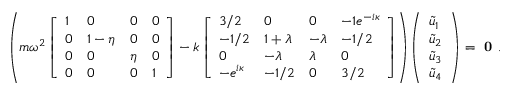
\left( m \omega ^ { 2 } \left[ \begin{array} { l l l l } { 1 } & { 0 } & { 0 } & { 0 } \\ { 0 } & { 1 - \eta } & { 0 } & { 0 } \\ { 0 } & { 0 } & { \eta } & { 0 } \\ { 0 } & { 0 } & { 0 } & { 1 } \end{array} \right] - k \left[ \begin{array} { l l l l } { 3 / 2 } & { 0 } & { 0 } & { - 1 e ^ { - i \kappa } } \\ { - 1 / 2 } & { 1 + \lambda } & { - \lambda } & { - 1 / 2 } \\ { 0 } & { - \lambda } & { \lambda } & { 0 } \\ { - e ^ { i \kappa } } & { - 1 / 2 } & { 0 } & { 3 / 2 } \end{array} \right] \right) \left( \begin{array} { l } { \tilde { u } _ { 1 } } \\ { \tilde { u } _ { 2 } } \\ { \tilde { u } _ { 3 } } \\ { \tilde { u } _ { 4 } } \end{array} \right) = \textbf { 0 } .